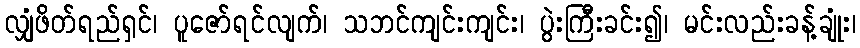
လျှံဖိတ်ရည်ရှင်၊ ပူဇော်ရင်လျက်၊ သဘင်ကျင်းကျင်း၊ ပွဲးကြီးခင်း၍၊ မင်းလည်းခန့်ချုံး၊